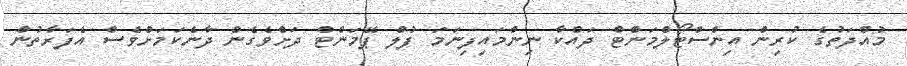
މުއްދަތުގެ ކުރިން އިންސްޓޯލްމަންޓް ދައްކާ ނިންމައިފިނަމަ ފުލް ޕޭމަންޓް ދަށްވެގެން ދާނެކަމަށްވެސް އެފަރާތުން